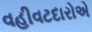
વહીવટદારોએ